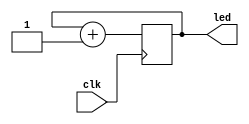
// This program was cloned from: https://github.com/chipsalliance/f4pga-examples
// License: Apache License 2.0

module top (
    input  wire       clk,
    output wire [3:0] led
);

  reg [3:0] cnt;
  initial cnt <= 0;

  always @(posedge clk) cnt <= cnt + 1;

  assign led = cnt;

endmodule